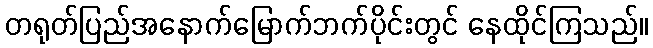
တရုတ်ပြည်အနောက်မြောက်ဘက်ပိုင်းတွင် နေထိုင်ကြသည်။